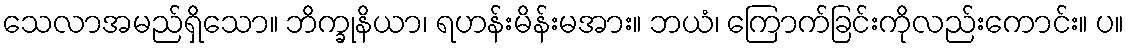
သေလာအမည်ရှိသော။ ဘိက္ခုနိယာ၊ ရဟန်းမိန်းမအား။ ဘယံ၊ ကြောက်ခြင်းကိုလည်းကောင်း။ ပ။